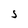
Character: S